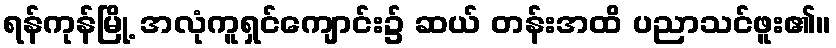
ရန်ကုန်မြို့ အလုံကူရှင်ကျောင်း၌ ဆယ် တန်းအထိ ပညာသင်ဖူး၏။